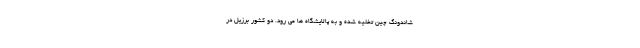
شاندونگ چین تخلیه شده و به پالایشگاه ها می رود. دو کشور برزیل در